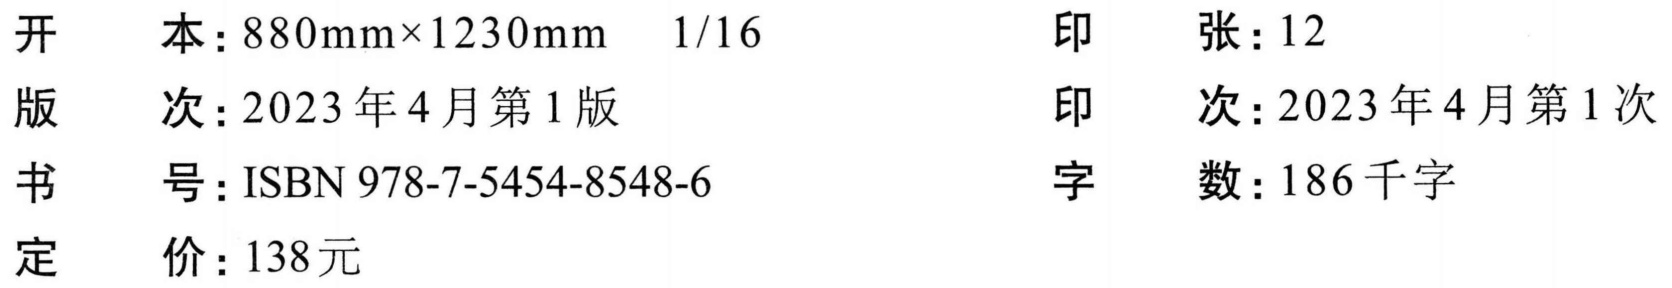
开 本：\(880mm\times1230mm\ \ 1/16\)  印 张：\(12\)
版 次：\(2023\)年\(4\)月第\(1\)版  印 次：\(2023\)年\(4\)月第\(1\)次
书 号：\(ISBN\ 978 - 7 - 5454 - 8548 - 6\)  字 数：\(186\)千字
定 价：\(138\)元